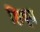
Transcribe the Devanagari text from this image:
शिष़्य